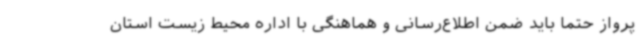
پرواز حتما باید ضمن اطلاع‌رسانی و هماهنگی با اداره محیط زیست استان